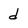
Character: d